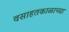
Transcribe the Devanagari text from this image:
वसाहतकाळाच्या